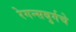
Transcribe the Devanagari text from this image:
रेगन्सबुर्गचे